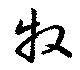
牧